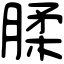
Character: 腬